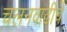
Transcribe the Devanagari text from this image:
चलनवाढीचे